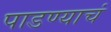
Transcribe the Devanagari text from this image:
पाडण्याचं